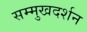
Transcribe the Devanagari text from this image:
सम्मुखदर्शन